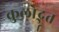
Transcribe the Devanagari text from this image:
कुलोद्भूत